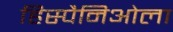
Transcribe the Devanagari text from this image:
हिस्पैनिओला